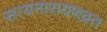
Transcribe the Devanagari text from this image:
सत्यनारायणव्रत